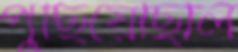
পুঁছিয়েছিলি